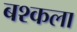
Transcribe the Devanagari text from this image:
बश्कला